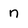
Character: n